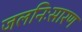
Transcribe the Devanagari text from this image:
जलनिःसारण